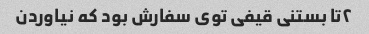
٢تا بستنی قیفی توی سفارش بود که نیاوردن